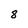
Character: 8